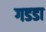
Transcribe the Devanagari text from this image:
गडडा